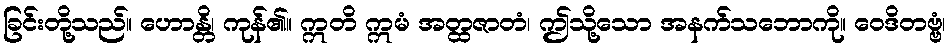
ခြင်းတို့သည်။ ဟောန္တိ၊ ကုန်၏။ ဣတိ ဣမံ အတ္ထဇာတံ၊ ဤသို့သော အနက်သဘောကို။ ဝေဒိတဗ္ဗံ၊